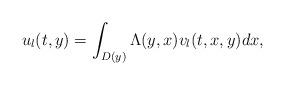
LaTeX: \begin{align*}u_l(t, y) = \int_{D(y)} \Lambda(y, x) v_l(t, x, y) dx,\end{align*}